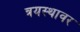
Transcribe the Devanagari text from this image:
त्रयस्थावर